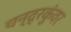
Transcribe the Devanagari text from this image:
चन्द्रकुंवर